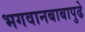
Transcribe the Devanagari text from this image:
भगवानबाबापुढे